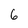
Character: 6